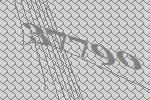
37790